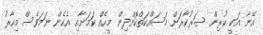
އޭނާ އަކީ ކުރިން ސަރުކާރަށް މަސައްކަތްކޮށްދިން މީހެއް ކަމަށާއި އެހެން ނަމަވެސް މިހާރު